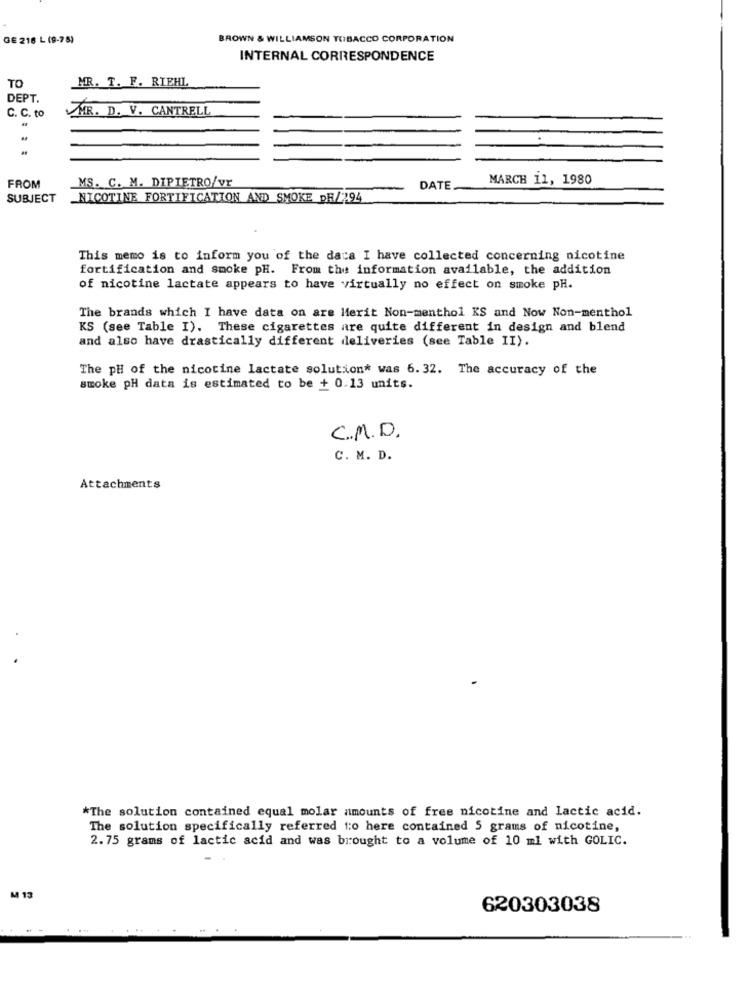
GE 216 L (9-75)
BROWN & WILLIAMSON TOBACCO CORPORATION
INTERNAL CORRESPONDENCE
TO
MR. T. F. RIEHL
DEPT.
MR. D. V. CANTRELL
C. C. to
MS. C. M. DIPIETRO/vr
MARCH 11, 1980
FROM
DATE
SUBJECT
_NICOTINE FORTIFICATION AND SMOKE PR/294
This memo is to inform you of the data I have collected concerning nicotine
fortification and smoke pH. From the information available, the addition
of nicotine lactate appears to have virtually no effect on smoke pH.
The brands which I have data on are Merit Non-menthol KS and Now Non-menthol
KS (see Table I). These cigarettes are quite different in design and blend
and also have drastically different deliveries (see Table II).
The pH of the nicotine lactate solution* was 6.32. The accuracy of the
smoke pH data is estimated to be + 0.13 units.
C.M.D.
C. M. D.
Attachments
*The solution contained equal molar amounts of free nicotine and lactic acid.
The solution specifically referred to here contained 5 grams of nicotine,
2.75 grams of lactic acid and was brought to a volume of 10 ml with GOLIC.
M 13
620303038